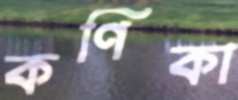
কণিকা